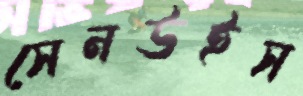
সেনউইস